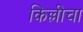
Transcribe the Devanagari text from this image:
किल्लीचा